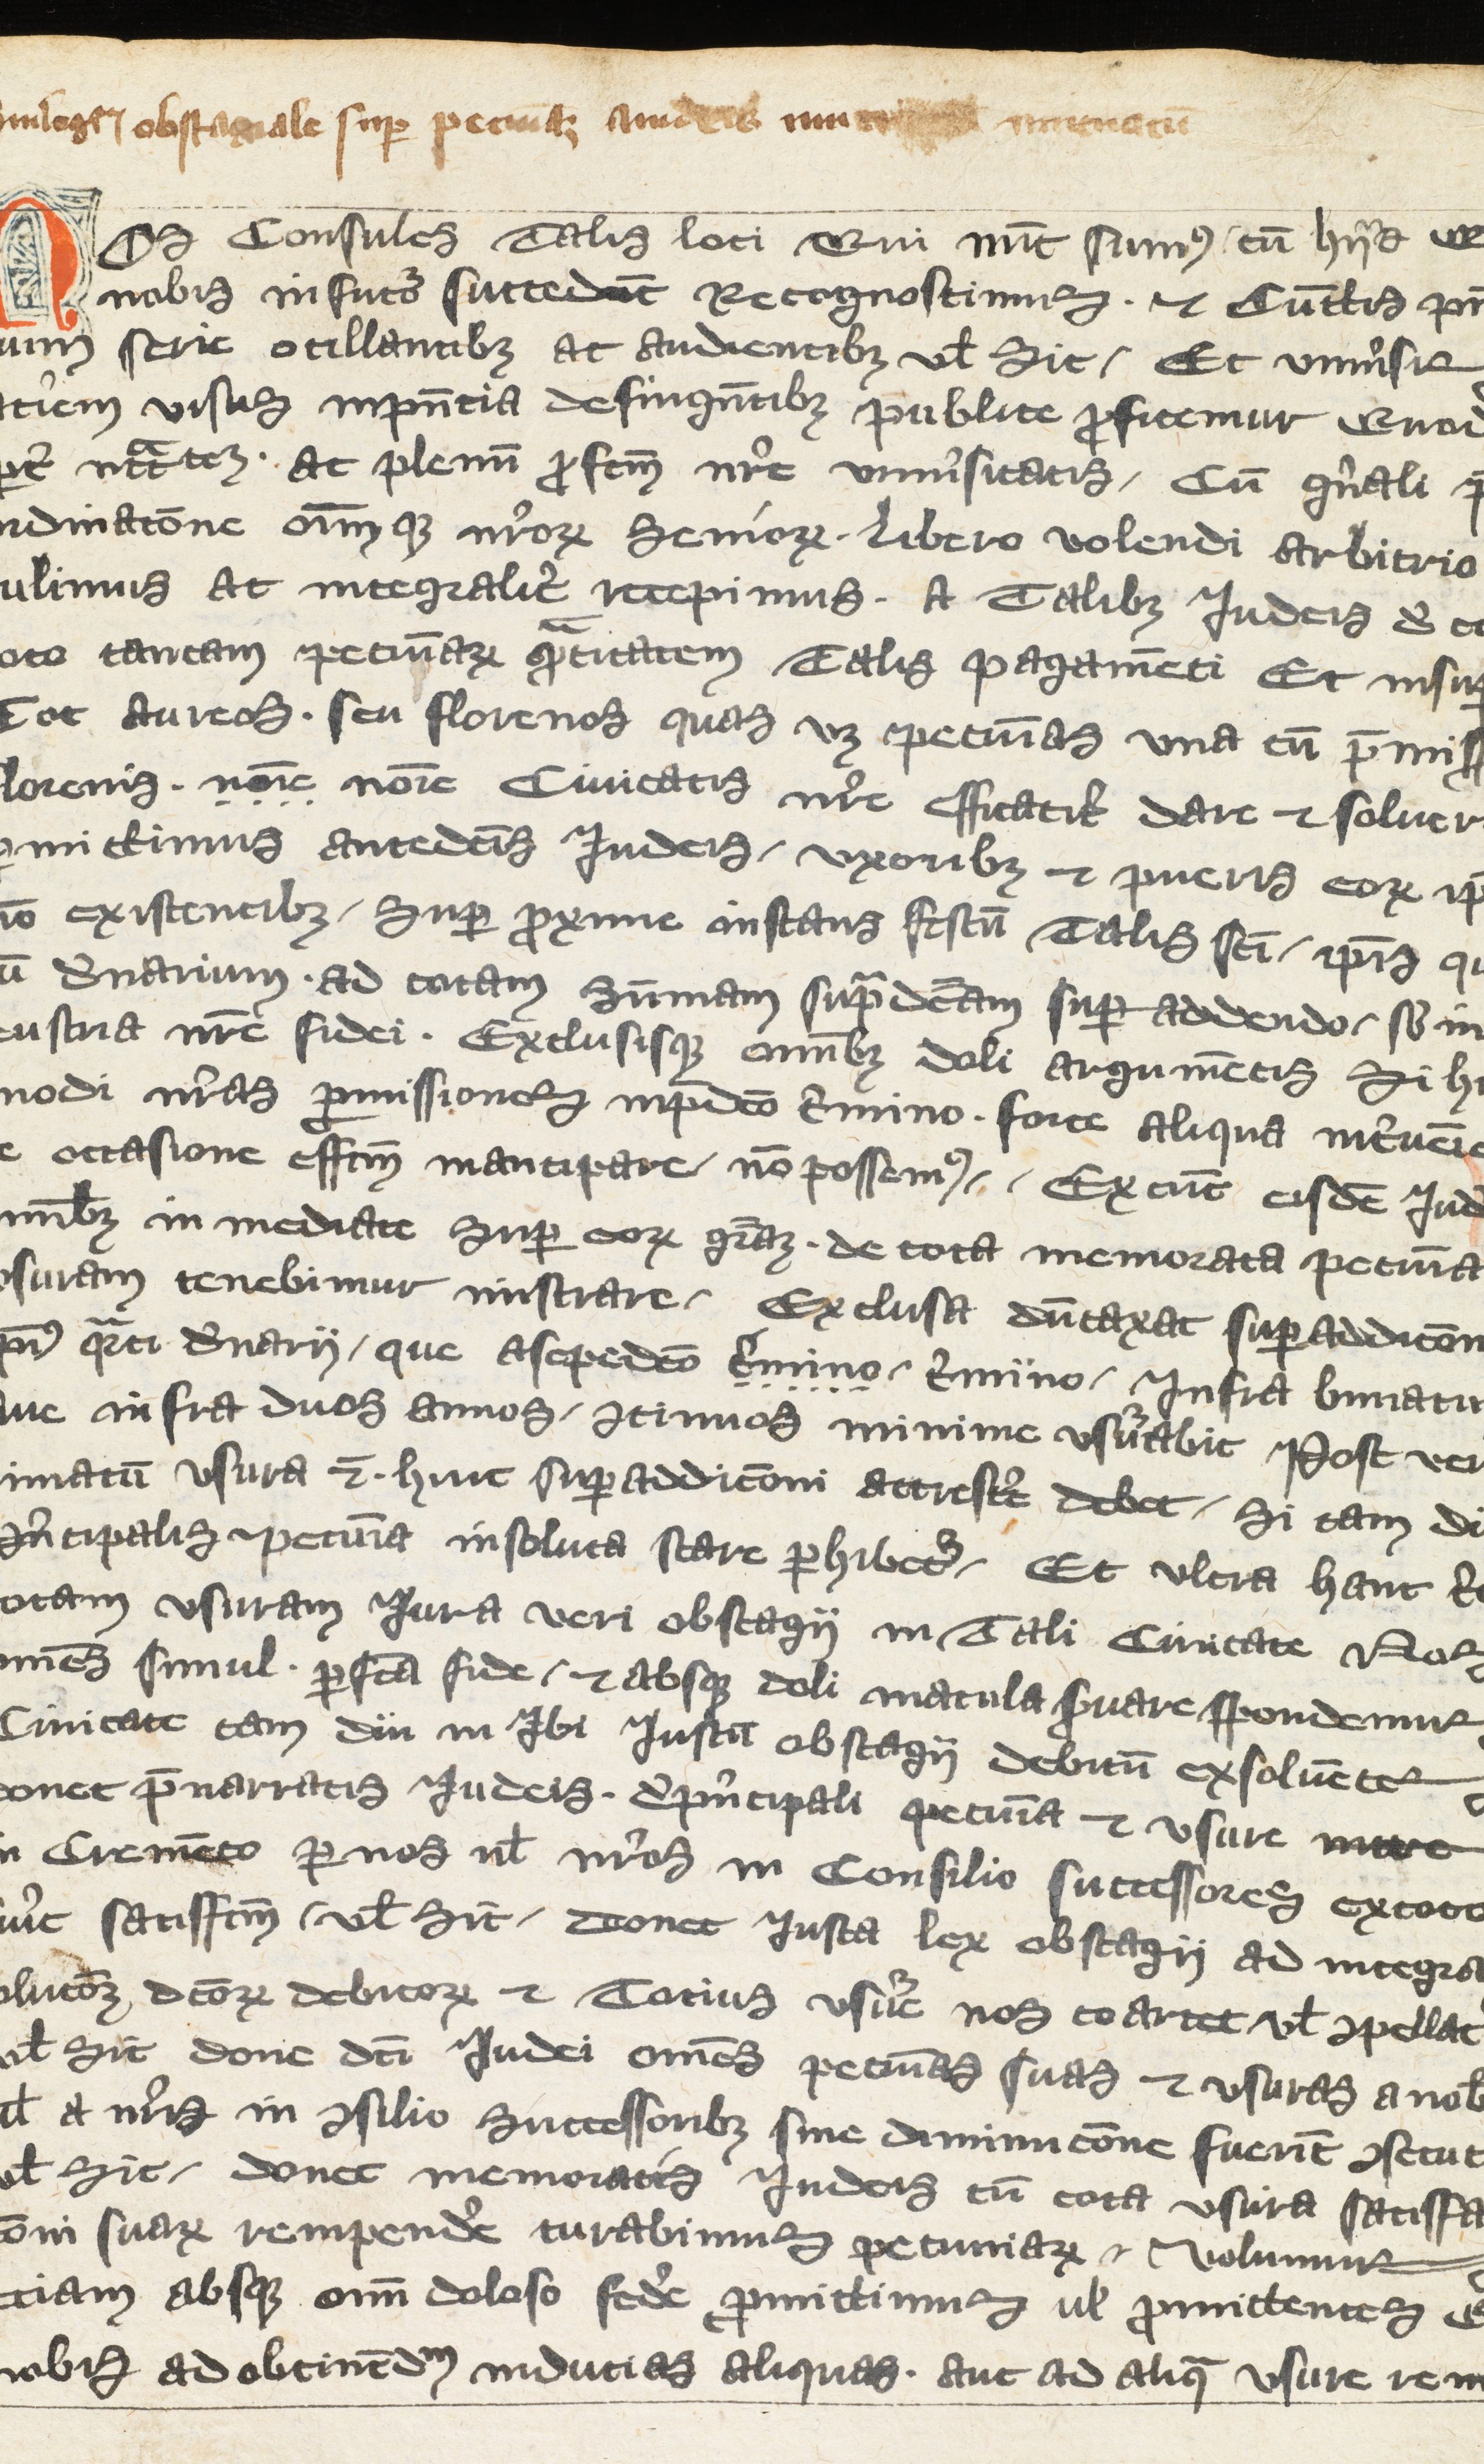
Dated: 1350–1399